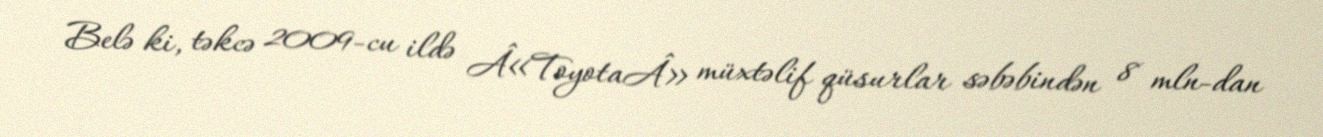
Belə ki, təkcə 2009-cu ildə Â«ToyotaÂ» müxtəlif qüsurlar səbəbindən 8 mln-dan